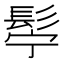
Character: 𮫂